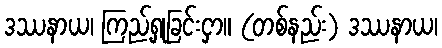
ဒဿနာယ၊ ကြည့်ရှုခြင်းငှာ။ (တစ်နည်း) ဒဿနာယ၊